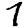
Digit: 7